Indian journal of veterinary science and animal husbandry - Volume 4,
Year: 1934
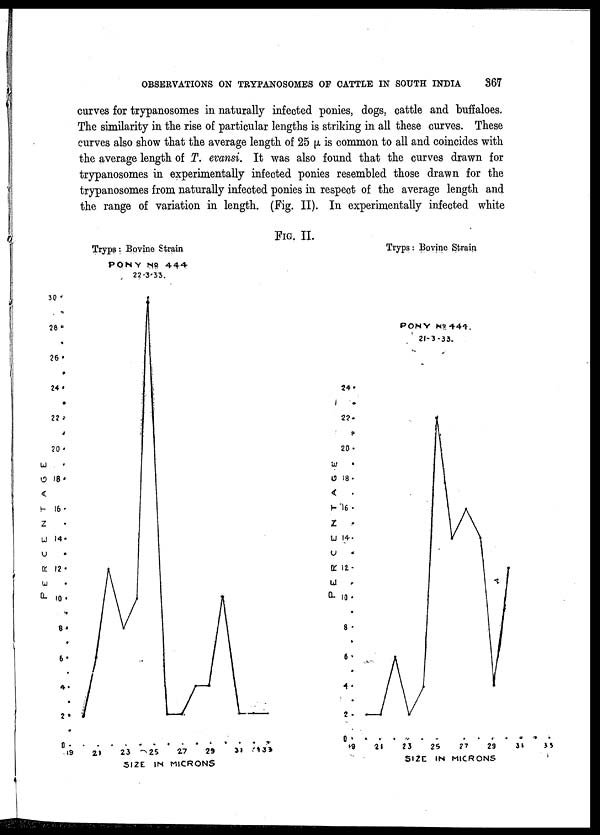
OBSERVATIONS ON TRYPANOSOMES OF CATTLE IN SOUTH INDIA
367
curves for trypanosomes in naturally infected ponies, dogs, cattle and buffaloes.
The similarity in the rise of particular lengths is striking in all these curves. These
curves also show that the average length of 25 µ is common to all and coincides with
the average length of T. evansi. It was also found that the curves drawn for
trypanosomes in experimentally infected ponies resembled those drawn for the
trypanosomes from naturally infected ponies in respect of the average length and
the range of variation in length. (Fig. II). In experimentally infected white
FIG. II.
Tryps: Bovine Strain